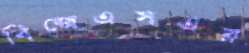
বিজেএসএর